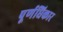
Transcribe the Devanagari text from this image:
पूर्णधिकार